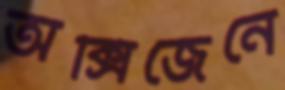
অক্সিজেনে